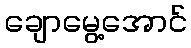
ချောမွေ့အောင်